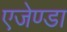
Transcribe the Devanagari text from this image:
एजेण्‍डा